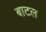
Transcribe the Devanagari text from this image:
बाटल